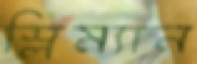
স্লিম্যান